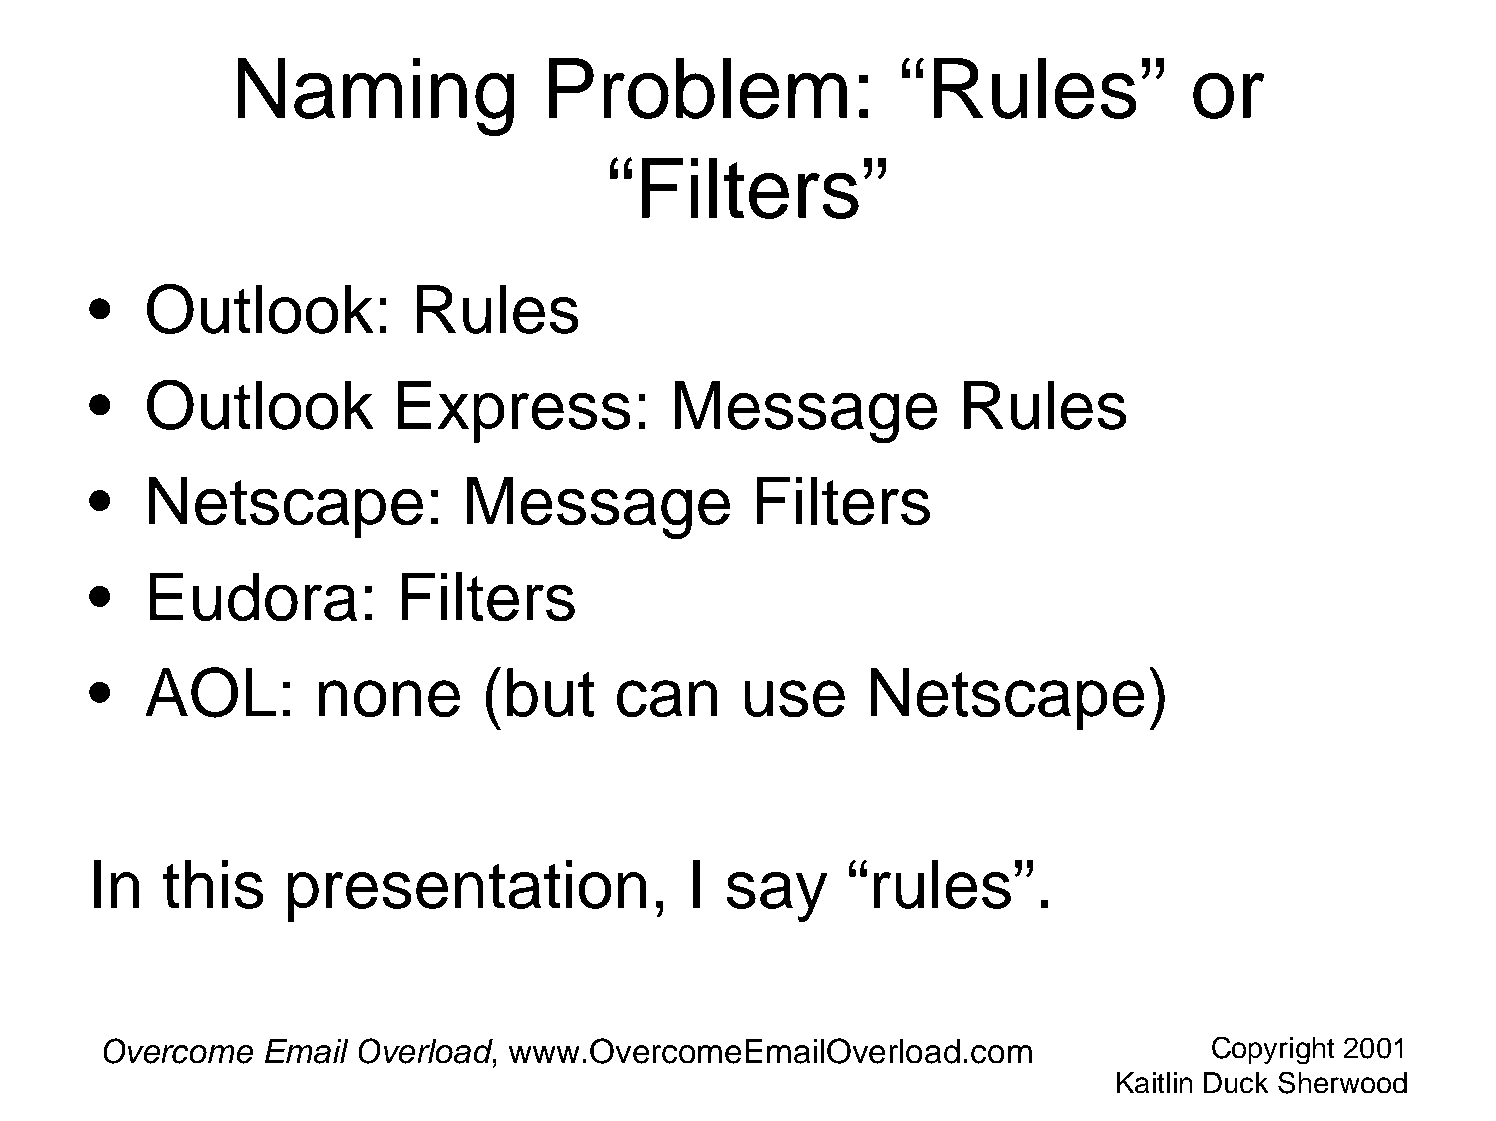
Naming               Problem:                “Rules”            or
 “Filters”
 •   Outlook:         Rules
 •   Outlook         Express:          Message             Rules
 •   Netscape:            Message            Filters
 •   Eudora:         Filters
 •   AOL:       none       (but     can     use     Netscape)
 In   this    presentation,              I say     “rules”.
 Overcome  Email  Overload, www.OvercomeEmailOverload.com                 Copyright 2001
 Kaitlin Duck Sherwood